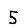
Digit: 5